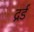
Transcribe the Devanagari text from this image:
द्रर्ड